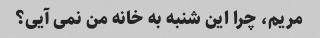
مریم، چرا این شنبه به خانه من نمی آیی؟